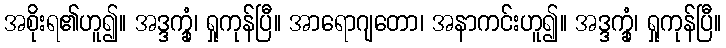
အစိုးရ၏ဟူ၍။ အဒ္ဒက္ခုံ၊ ရှုကုန်ပြီ။ အာရောဂျတော၊ အနာကင်းဟူ၍။ အဒ္ဒက္ခုံ၊ ရှုကုန်ပြီ။